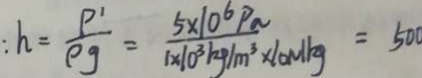
: h = \frac { P ^ { \prime } } { \rho g } = \frac { 5 \times 1 0 ^ { 6 } P a } { 1 \times 1 0 ^ { 3 } k g / m ^ { 3 } \times 1 0 N / k g } = 5 0 0